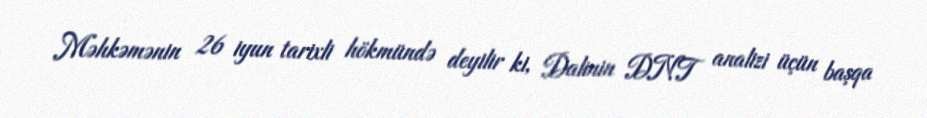
Məhkəmənin 26 iyun tarixli hökmündə deyilir ki, Dalinin DNT analizi üçün başqa